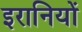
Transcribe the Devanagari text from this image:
इरानियों